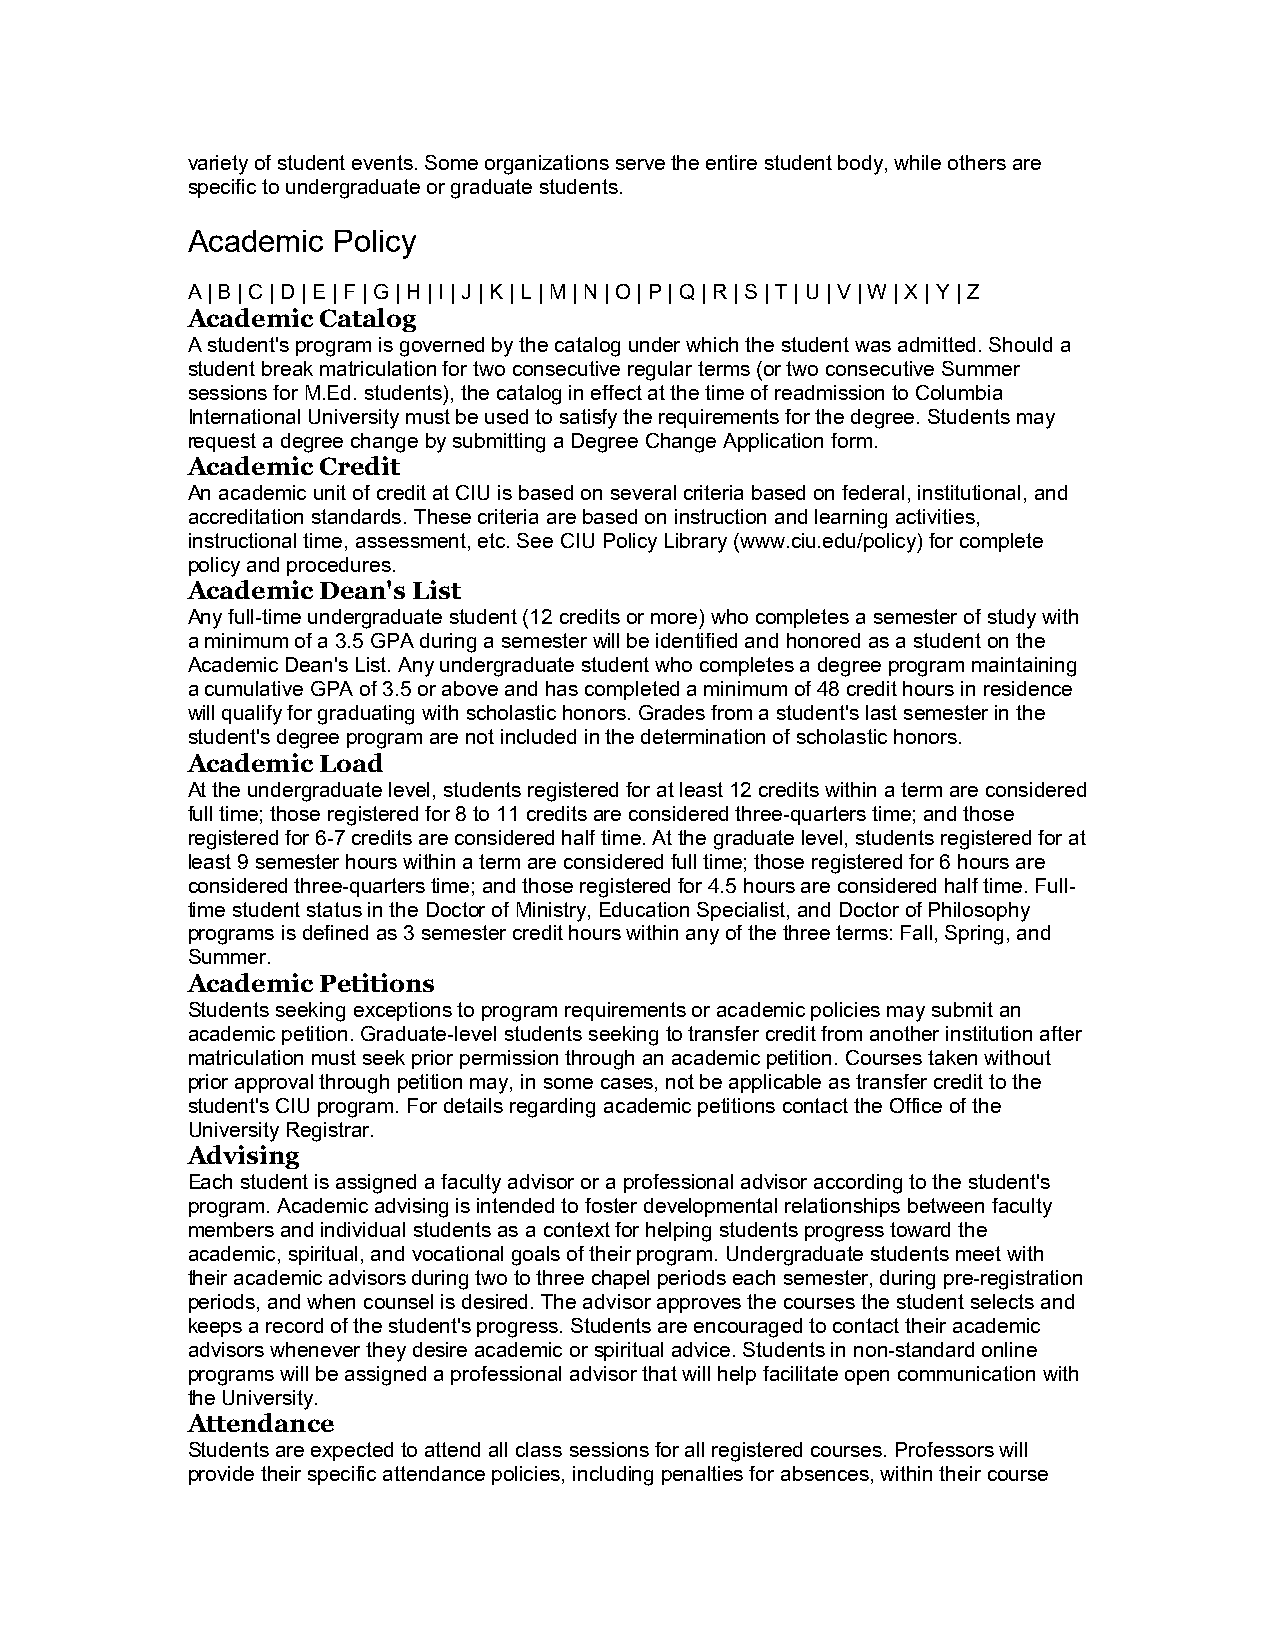
variety of student events. Some organizations serve the entire student body, while others are
 specific to undergraduate or graduate students.
 Academic  Policy
 A | B | C | D | E | F | G | H | I | J | K | L | M | N | O | P | Q | R | S | T | U | V | W | X | Y | Z
 Academic Catalog
 A student's program is governed by the catalog under which the student was admitted. Should a
 student break matriculation for two consecutive regular terms (or two consecutive Summer
 sessions for M.Ed. students), the catalog in effect at the time of readmission to Columbia
 International University must be used to satisfy the requirements for the degree. Students may
 request a degree change by submitting a Degree Change Application form.
 Academic Credit
 An academic unit of credit at CIU is based on several criteria based on federal, institutional, and
 accreditation standards. These criteria are based on instruction and learning activities,
 instructional time, assessment, etc. See CIU Policy Library (www.ciu.edu/policy) for complete
 policy and procedures.
 Academic Dean's List
 Any full-time undergraduate student (12 credits or more) who completes a semester of study with
 a minimum of a 3.5 GPA during a semester will be identified and honored as a student on the
 Academic Dean's List. Any undergraduate student who completes a degree program maintaining
 a cumulative GPA of 3.5 or above and has completed a minimum of 48 credit hours in residence
 will qualify for graduating with scholastic honors. Grades from a student's last semester in the
 student's degree program are not included in the determination of scholastic honors.
 Academic Load
 At the undergraduate level, students registered for at least 12 credits within a term are considered
 full time; those registered for 8 to 11 credits are considered three-quarters time; and those
 registered for 6-7 credits are considered half time. At the graduate level, students registered for at
 least 9 semester hours within a term are considered full time; those registered for 6 hours are
 considered three-quarters time; and those registered for 4.5 hours are considered half time. Full-
 time student status in the Doctor of Ministry, Education Specialist, and Doctor of Philosophy
 programs is defined as 3 semester credit hours within any of the three terms: Fall, Spring, and
 Summer.
 Academic Petitions
 Students seeking exceptions to program requirements or academic policies may submit an
 academic petition. Graduate-level students seeking to transfer credit from another institution after
 matriculation must seek prior permission through an academic petition. Courses taken without
 prior approval through petition may, in some cases, not be applicable as transfer credit to the
 student's CIU program. For details regarding academic petitions contact the Office of the
 University Registrar.
 Advising
 Each student is assigned a faculty advisor or a professional advisor according to the student's
 program. Academic advising is intended to foster developmental relationships between faculty
 members and individual students as a context for helping students progress toward the
 academic, spiritual, and vocational goals of their program. Undergraduate students meet with
 their academic advisors during two to three chapel periods each semester, during pre-registration
 periods, and when counsel is desired. The advisor approves the courses the student selects and
 keeps a record of the student's progress. Students are encouraged to contact their academic
 advisors whenever they desire academic or spiritual advice. Students in non-standard online
 programs will be assigned a professional advisor that will help facilitate open communication with
 the University.
 Attendance
 Students are expected to attend all class sessions for all registered courses. Professors will
 provide their specific attendance policies, including penalties for absences, within their course